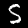
Label: 5